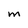
Character: M